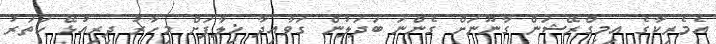
އެމެރިކާގެ އިމިގްރޭޝަން ގާނޫނަށް ގެންނަ ބަދަލުން ގަވާއިދާ ޚިލާފަށް މިހާރު ދިރިއުޅޭ ހަތަރު